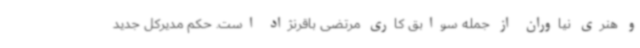
و هنری نیاوران از جمله سوابق کاری مرتضی باقرنژاد است. حکم مدیرکل جدید